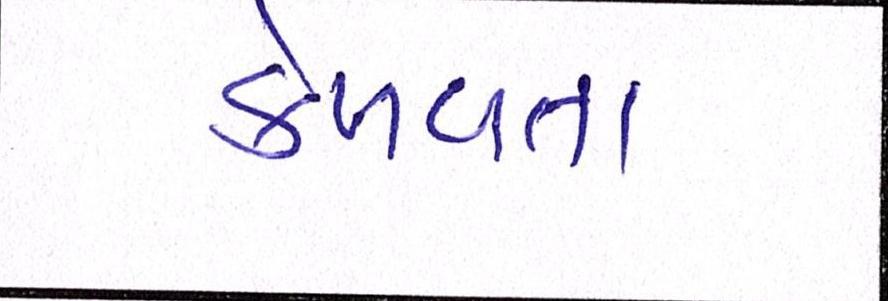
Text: કેળવતા